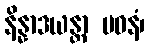
နိန္နာဒယန္တာ ပဝနံ၊